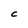
Character: C